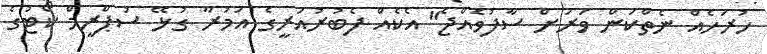
ހުރަހެއް ނެތްކަން ވަރަށް ސާފުވެއްޖެ" އެކެއް ފެބުރުއަރީގެ އަމުރާ ގުޅޭ ސުޕްރީމް ކޯޓުގެ